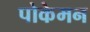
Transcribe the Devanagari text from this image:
पोकेमन